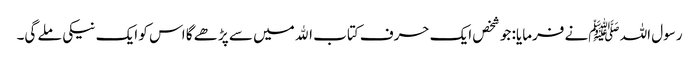
رسول اللہ ﷺنے فرمایا: جو شخص ایک حرف کتاب اﷲ میں سے پڑھے گا اس کو ایک نیکی ملے گی۔